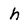
Character: h